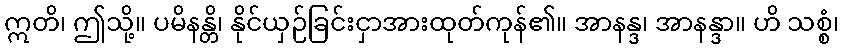
ဣတိ၊ ဤသို့။ ပမိနန္တိ၊ နိုင်ယှဉ်ခြင်းငှာအားထုတ်ကုန်၏။ အာနန္ဒ၊ အာနန္ဒာ။ ဟိ သစ္စံ၊